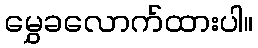
မွှေခလောက်ထားပါ။